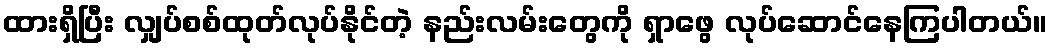
ထားရှိပြီး လျှပ်စစ်ထုတ်လုပ်နိုင်တဲ့ နည်းလမ်းတွေကို ရှာဖွေ လုပ်ဆောင်နေကြပါတယ်။